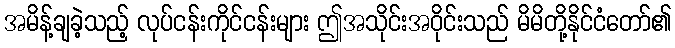
အမိန့်ချခဲ့သည့် လုပ်ငန်းကိုင်ငန်းများ ဤအသိုင်းအဝိုင်းသည် မိမိတို့နိုင်ငံတော်၏